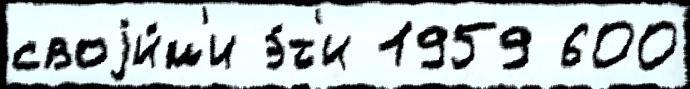
своjи́м'и э́т'и 1959 600